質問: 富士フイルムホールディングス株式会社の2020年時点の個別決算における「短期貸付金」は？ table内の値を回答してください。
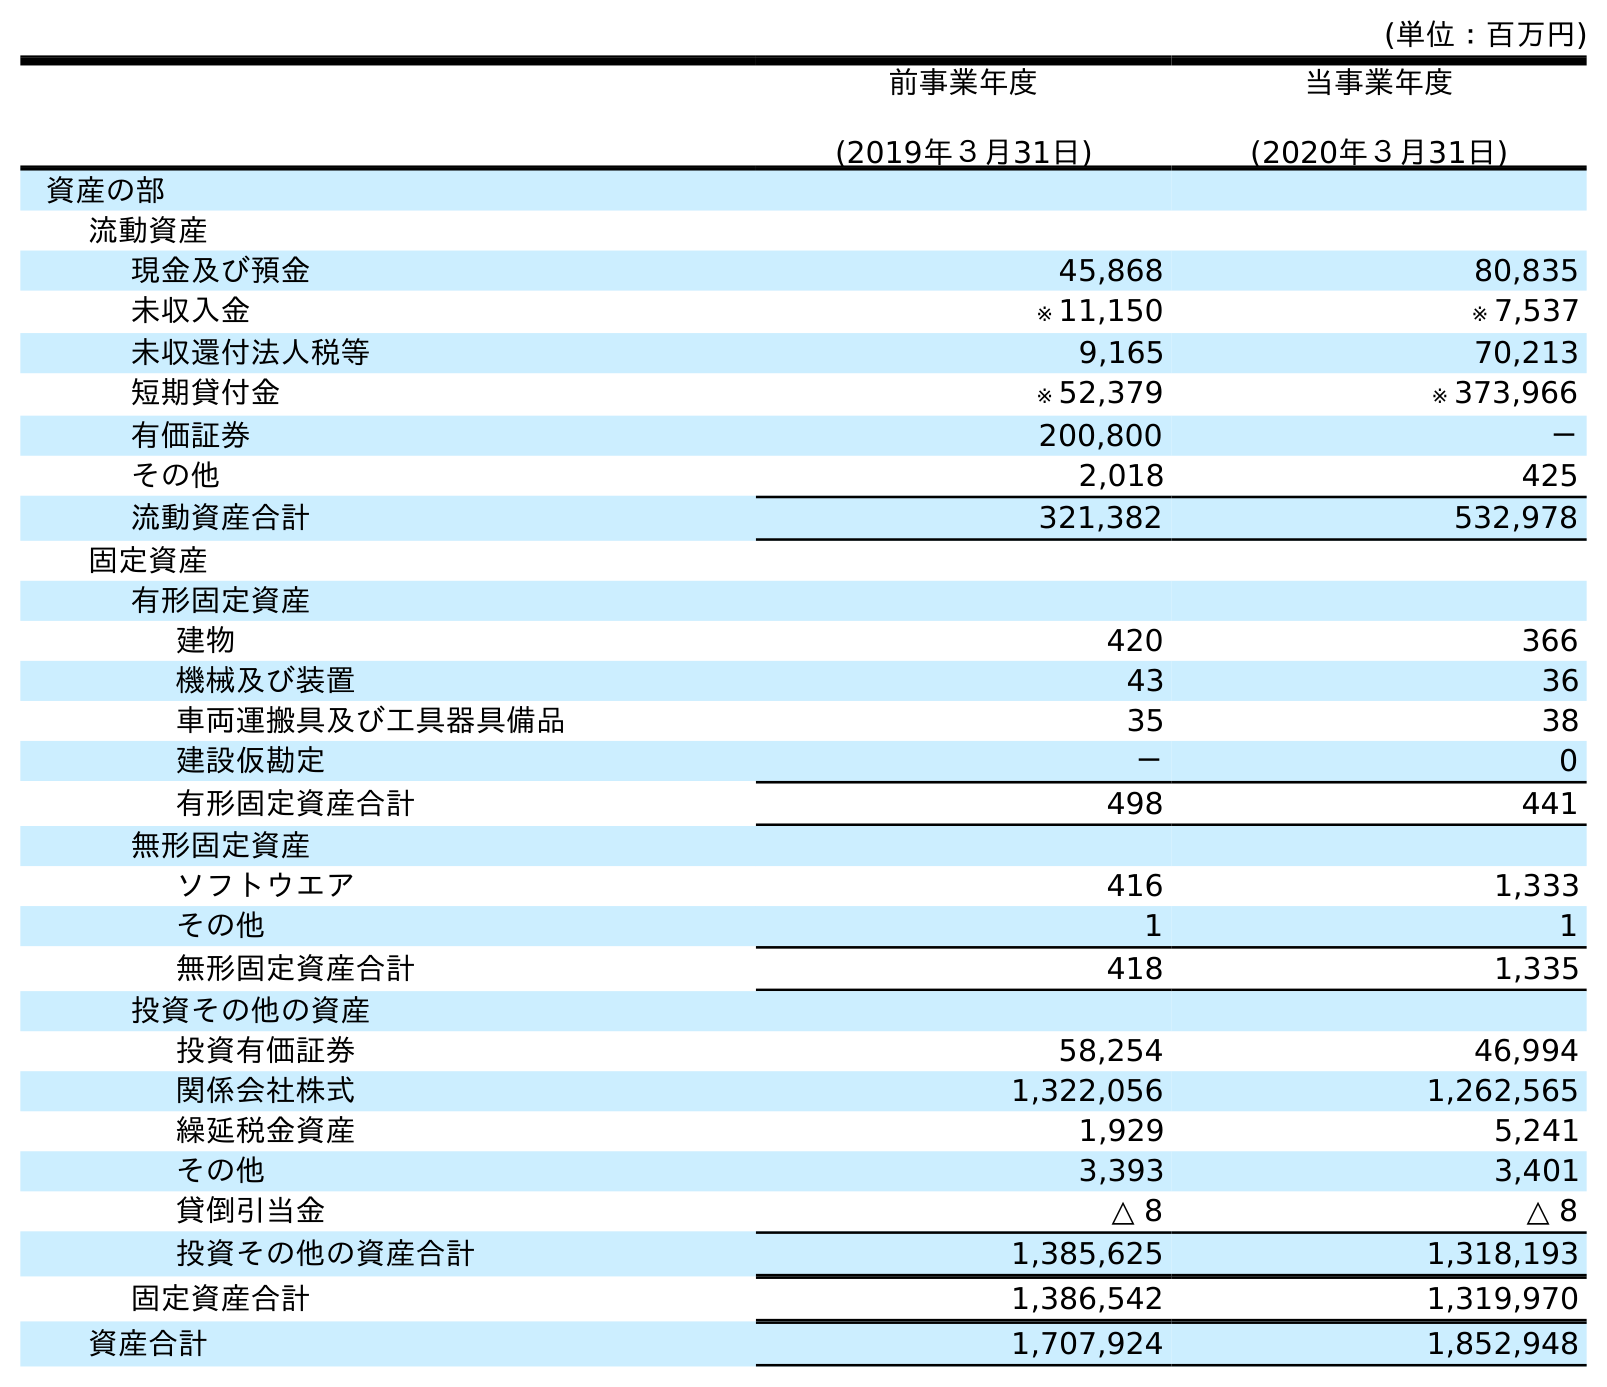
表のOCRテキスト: (単位：百万円) 前事業年度 (2019年３月31日) 当事業年度 (2020年３月31日) 資産の部 流動資産 現金及び預金 45,868 80,835 未収入金 ※ 11,150 ※ 7,537 未収還付法人税等 9,165 70,213 短期貸付金 ※ 52,379 ※ 373,966 有価証券 200,800 － その他 2,018 425 流動資産合計 321,382 532,978 固定資産 有形固定資産 建物 420 366 機械及び装置 43 36 車両運搬具及び工具器具備品 35 38 建設仮勘定 － 0 有形固定資産合計 498 441 無形固定資産 ソフトウエア 416 1,333 その他 1 1 無形固定資産合計 418 1,335 投資その他の資産 投資有価証券 58,254 46,994 関係会社株式 1,322,056 1,262,565 繰延税金資産 1,929 5,241 その他 3,393 3,401 貸倒引当金 △ 8 △ 8 投資その他の資産合計 1,385,625 1,318,193 固定資産合計 1,386,542 1,319,970 資産合計 1,707,924 1,852,948
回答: ※373,966